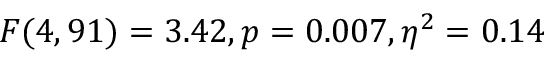
F ( 4 , 9 1 ) = 3 . 4 2 , p = 0 . 0 0 7 , \eta ^ { 2 } = 0 . 1 4